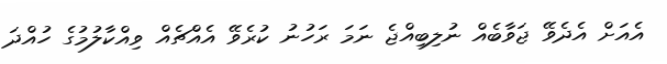
އެއަށް އެދެވޭ ޖަވާބެއް ނުލިބިއްޖެ ނަމަ ރަހުނު ކުރެވޭ އެއްޗެއް ވިއްކާލުމުގެ ހުއްދަ